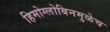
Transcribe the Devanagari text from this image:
हिमोग्लोबिनमुळेच